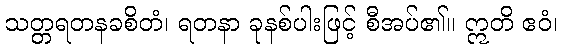
သတ္တရတနခစိတံ၊ ရတနာ ခုနစ်ပါးဖြင့် စီအပ်၏။ ဣတိ ဧဝံ၊